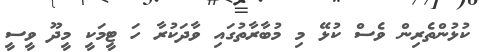
ކުޅުންތެރިން ވެސް ކުޅޭ މި މުބާރާތުގައި ވާދަކުރާ ހަ ޓީމަކީ މީދޫ ވީސީ